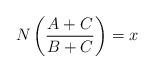
LaTeX: \begin{align*} N\left(\frac{A+C}{ B+C}\right)=x\end{align*}